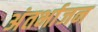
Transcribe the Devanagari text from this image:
अंतर्भाजन